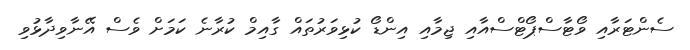
ސެންޓަރާއި ވޯޓާސްޕޯޓްސްއާއި ޖިމާއި އިންޑޯ ކުޅިވަރުތައް ގާއިމް ކުރާނެ ކަމަށް ވެސް އޭނާވިދާޅުވި